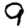
Digit: 9